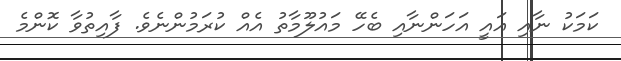
ކަމަކު ނާއި އައީ އަހަންނާއި ބެހޭ މައުލޫމާތު އެއް ކުރަމުންނެވެ. ފާއިތުވާ ކޮންމެ